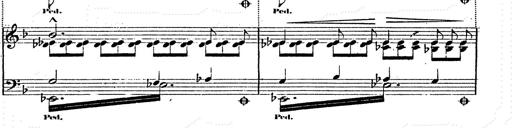
Title: Franz Schuberts geistliche Lieder
Composer: Franz Liszt